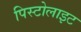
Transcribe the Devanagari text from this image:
पिस्टोलाइट